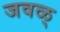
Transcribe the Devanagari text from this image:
जवळ्